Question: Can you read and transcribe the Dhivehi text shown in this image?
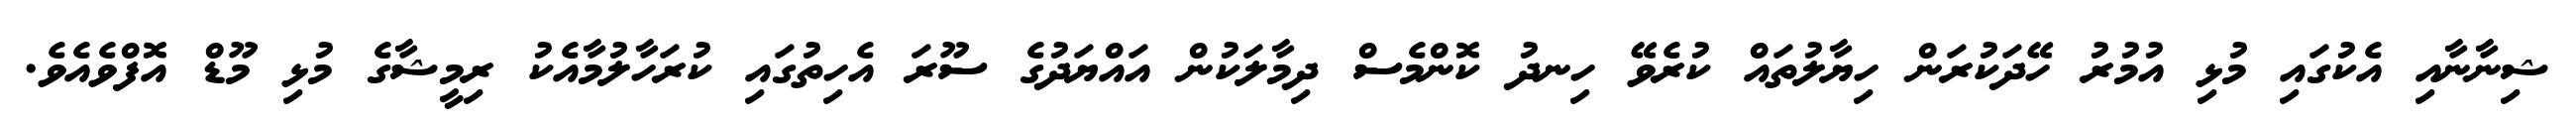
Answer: ޝިނާނާއި އެކުގައި މުޅި އުމުރު ހޭދަކުރަން ހިޔާލުތައް ކުރެވޭ ހިނދު ކޮންމެސް ދިމާލަކުން އައްޔަދުގެ ސޫރަ އެހިތުގައި ކުރަހާލުމާއެކު ރިމީޝާގެ މުޅި މޫޑް އޮފްވެއެވެ.